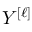
Y ^ { \left[ \ell \right] }